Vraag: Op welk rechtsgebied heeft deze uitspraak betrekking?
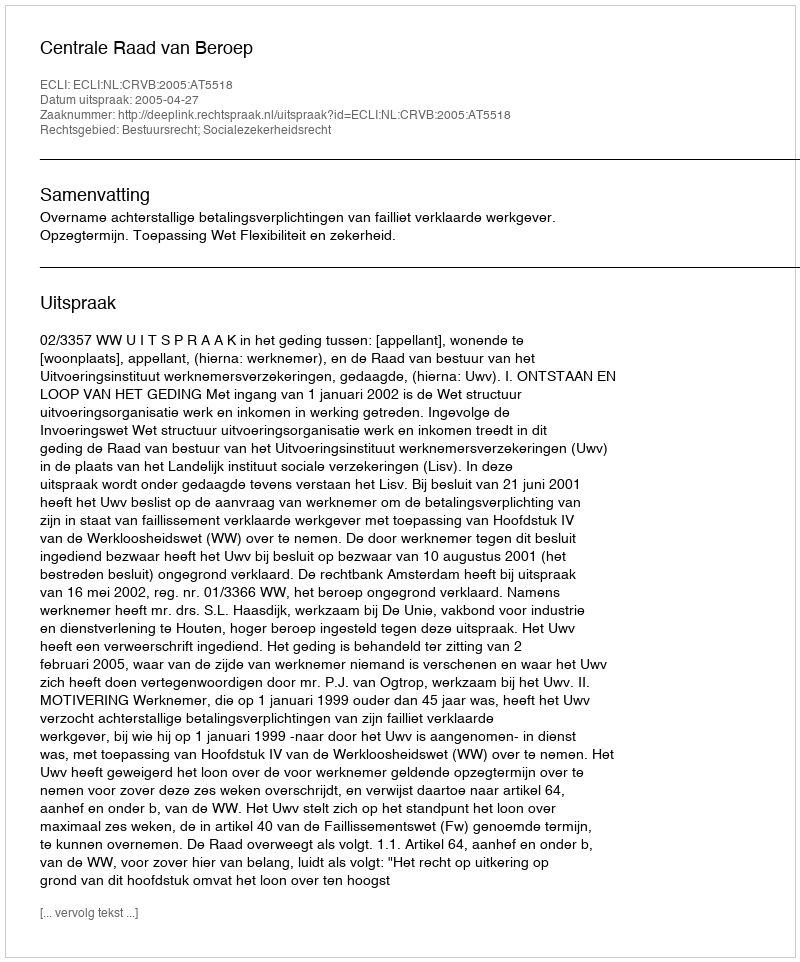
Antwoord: Bestuursrecht; Socialezekerheidsrecht